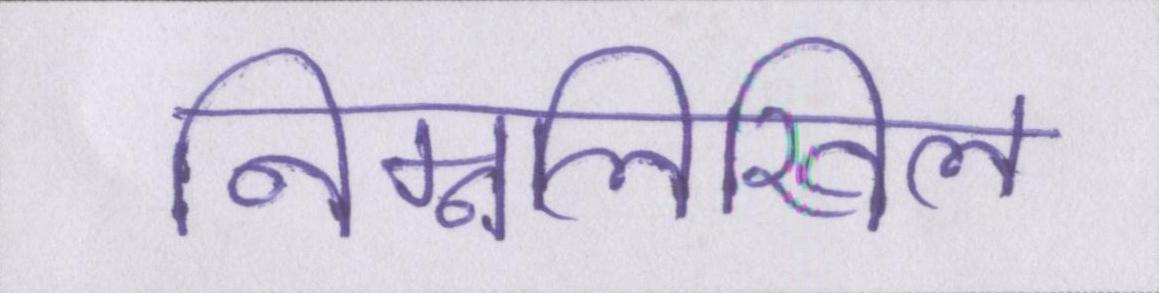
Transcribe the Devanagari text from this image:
निम्नलिखिल